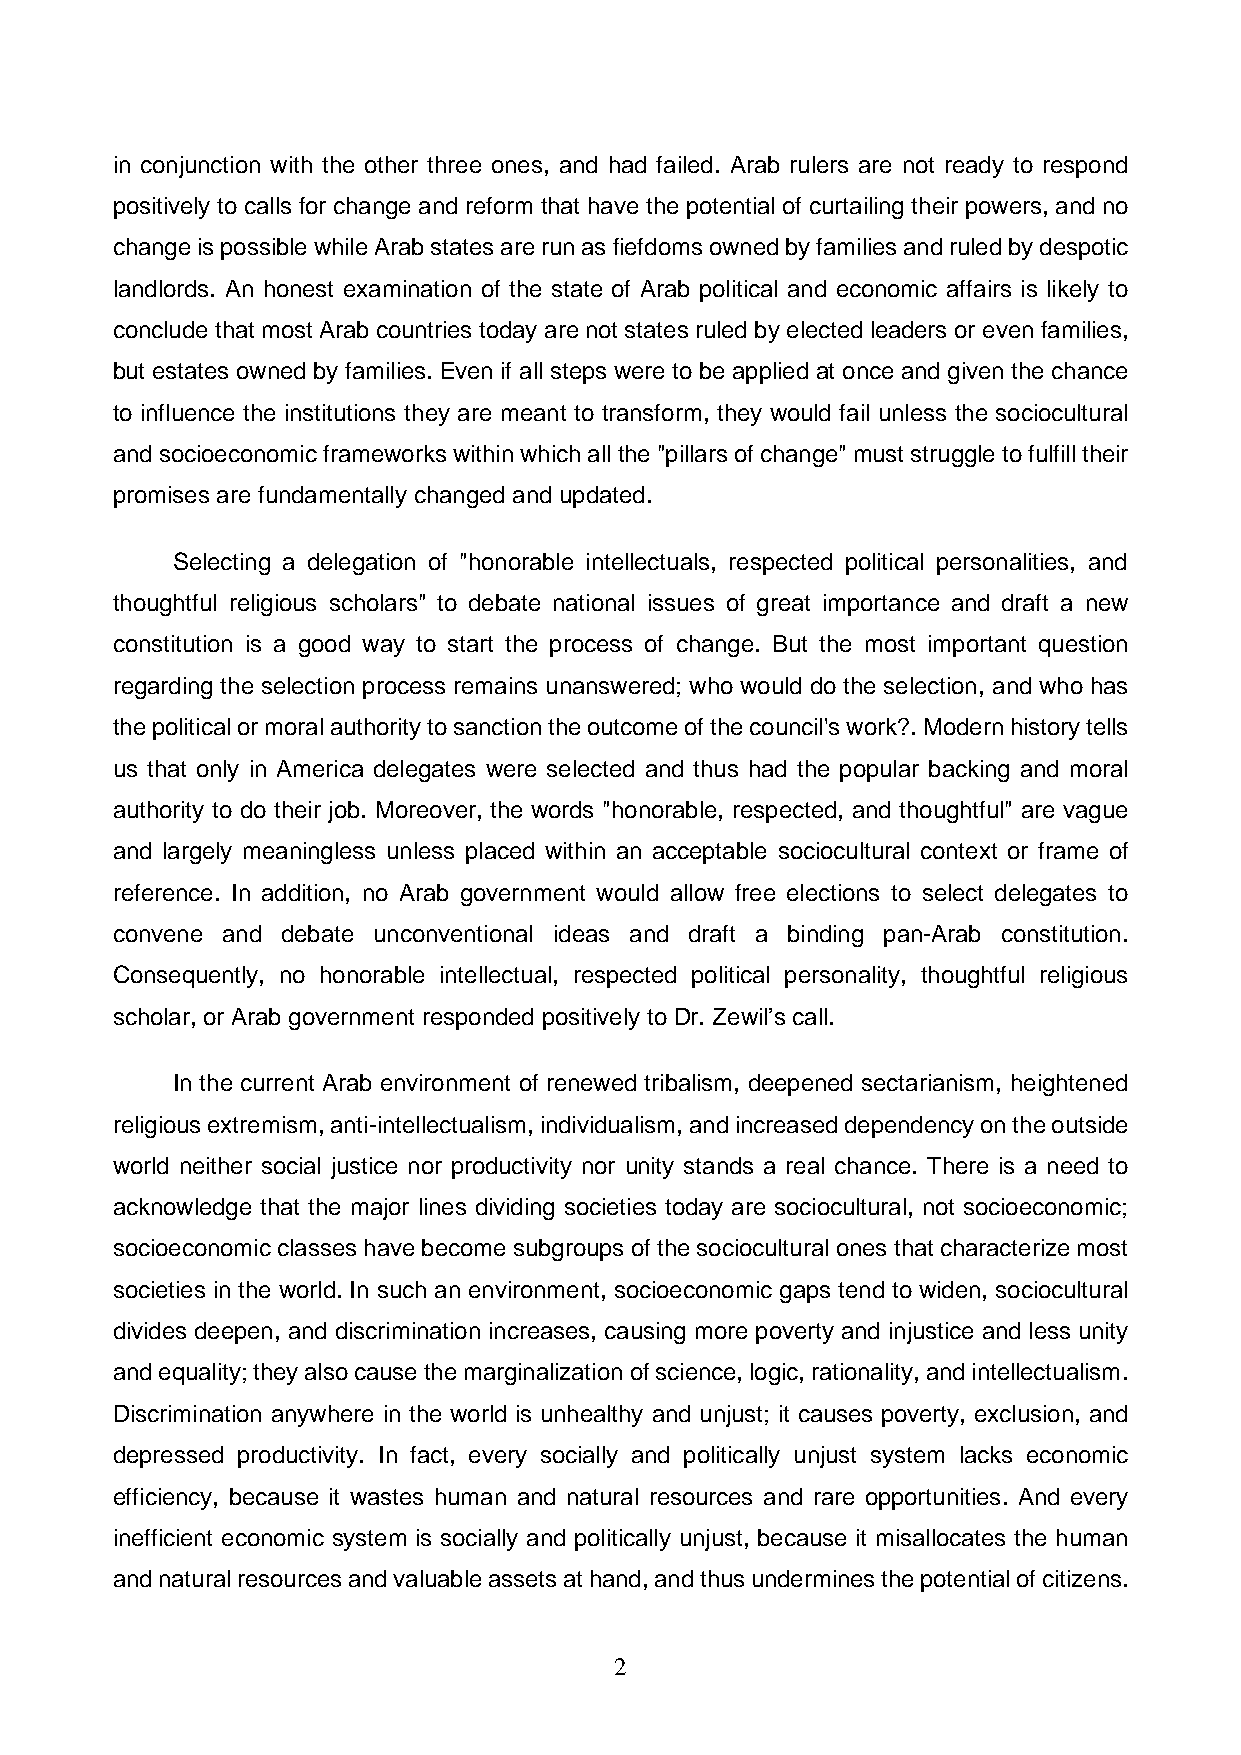
in conjunction with the other three ones, and had failed. Arab rulers are not ready to respond
 positively to calls for change and reform that have the potential of curtailing their powers, and no
 change is possible while Arab states are run as fiefdoms owned by families and ruled by despotic
 landlords. An honest examination of the state of Arab political and economic affairs is likely to
 conclude that most Arab countries today are not states ruled by elected leaders or even families,
 but estates owned by families. Even if all steps were to be applied at once and given the chance
 to influence the institutions they are meant to transform, they would fail unless the sociocultural
 and socioeconomic frameworks within which all the "pillars of change" must struggle to fulfill their
 promises are fundamentally changed and updated.
 Selecting a delegation of "honorable intellectuals, respected political personalities, and
 thoughtful religious scholars" to debate national issues of great importance and draft a new
 constitution is a good way to start the process of change. But the most important question
 regarding the selection process remains unanswered; who would do the selection, and who has
 the political or moral authority to sanction the outcome of the council's work?. Modern history tells
 us that only in America delegates were selected and thus had the popular backing and moral
 authority to do their job. Moreover, the words "honorable, respected, and thoughtful" are vague
 and largely meaningless unless placed within an acceptable sociocultural context or frame of
 reference. In addition, no Arab government would allow free elections to select delegates to
 convene and debate unconventional ideas and draft a binding pan-Arab constitution.
 Consequently, no honorable intellectual, respected political personality, thoughtful religious
 scholar, or Arab government responded positively to Dr. Zewil’s call.
 In the current Arab environment of renewed tribalism, deepened sectarianism, heightened
 religious extremism, anti-intellectualism, individualism, and increased dependency on the outside
 world neither social justice nor productivity nor unity stands a real chance. There is a need to
 acknowledge that the major lines dividing societies today are sociocultural, not socioeconomic;
 socioeconomic classes have become subgroups of the sociocultural ones that characterize most
 societies in the world. In such an environment, socioeconomic gaps tend to widen, sociocultural
 divides deepen, and discrimination increases, causing more poverty and injustice and less unity
 and equality; they also cause the marginalization of science, logic, rationality, and intellectualism.
 Discrimination anywhere in the world is unhealthy and unjust; it causes poverty, exclusion, and
 depressed productivity. In fact, every socially and politically unjust system lacks economic
 efficiency, because it wastes human and natural resources and rare opportunities. And every
 inefficient economic system is socially and politically unjust, because it misallocates the human
 and natural resources and valuable assets at hand, and thus undermines the potential of citizens.
 2